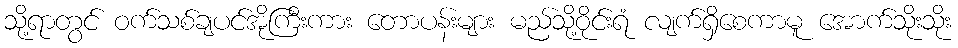
သို့ရာတွင် ဝက်သစ်ချပင်အိုကြီးကား တောပန်းများ မည်သို့ဝိုင်းရံ လျက်ရှိစေကာမူ အောက်သိုးသိုး